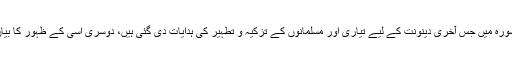
پہلی سورہ میں جس آخری دینونت کے لیے تیاری اور مسلمانوں کے تزکیہ و تطہیر کی ہدایات دی گئی ہیں، دوسری اُسی کے ظہور کا بیان ہے۔